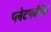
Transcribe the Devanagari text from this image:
प्लेटफॉर्मस